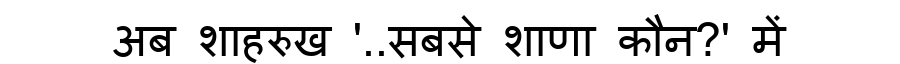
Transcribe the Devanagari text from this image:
अब शाहरुख '..सबसे शाणा कौन?' में